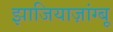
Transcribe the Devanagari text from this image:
झाजियाज़ांग्बू